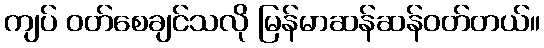
ကျပ် ဝတ်စေချင်သလို မြန်မာဆန်ဆန်ဝတ်တယ်။